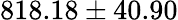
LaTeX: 818.18\pm 40.90